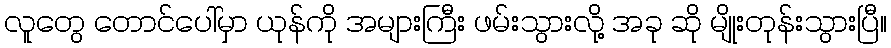
လူတွေ တောင်ပေါ်မှာ ယုန်ကို အများကြီး ဖမ်းသွားလို့ အခု ဆို မျိုးတုန်းသွားပြီ။